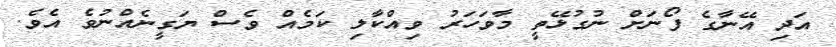
އަދި އޭނާގެ ފޯނަށް ނުގުޅޭތީ މާވަހަރު ވިއްކާލި ކަމެއް ވެސް ޔަގީނެއްނުވެ އެވެ.